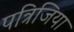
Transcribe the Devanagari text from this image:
पत्रिजिया